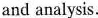
and analysis.